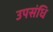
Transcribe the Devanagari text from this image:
उपसंधि